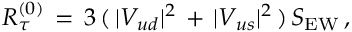
R _ { \tau } ^ { ( 0 ) } \, = \, 3 \, ( \, | V _ { u d } | ^ { 2 } \, + \, | V _ { u s } | ^ { 2 } \, ) \, S _ { \mathrm { { E W } } } \, ,